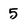
Character: 5